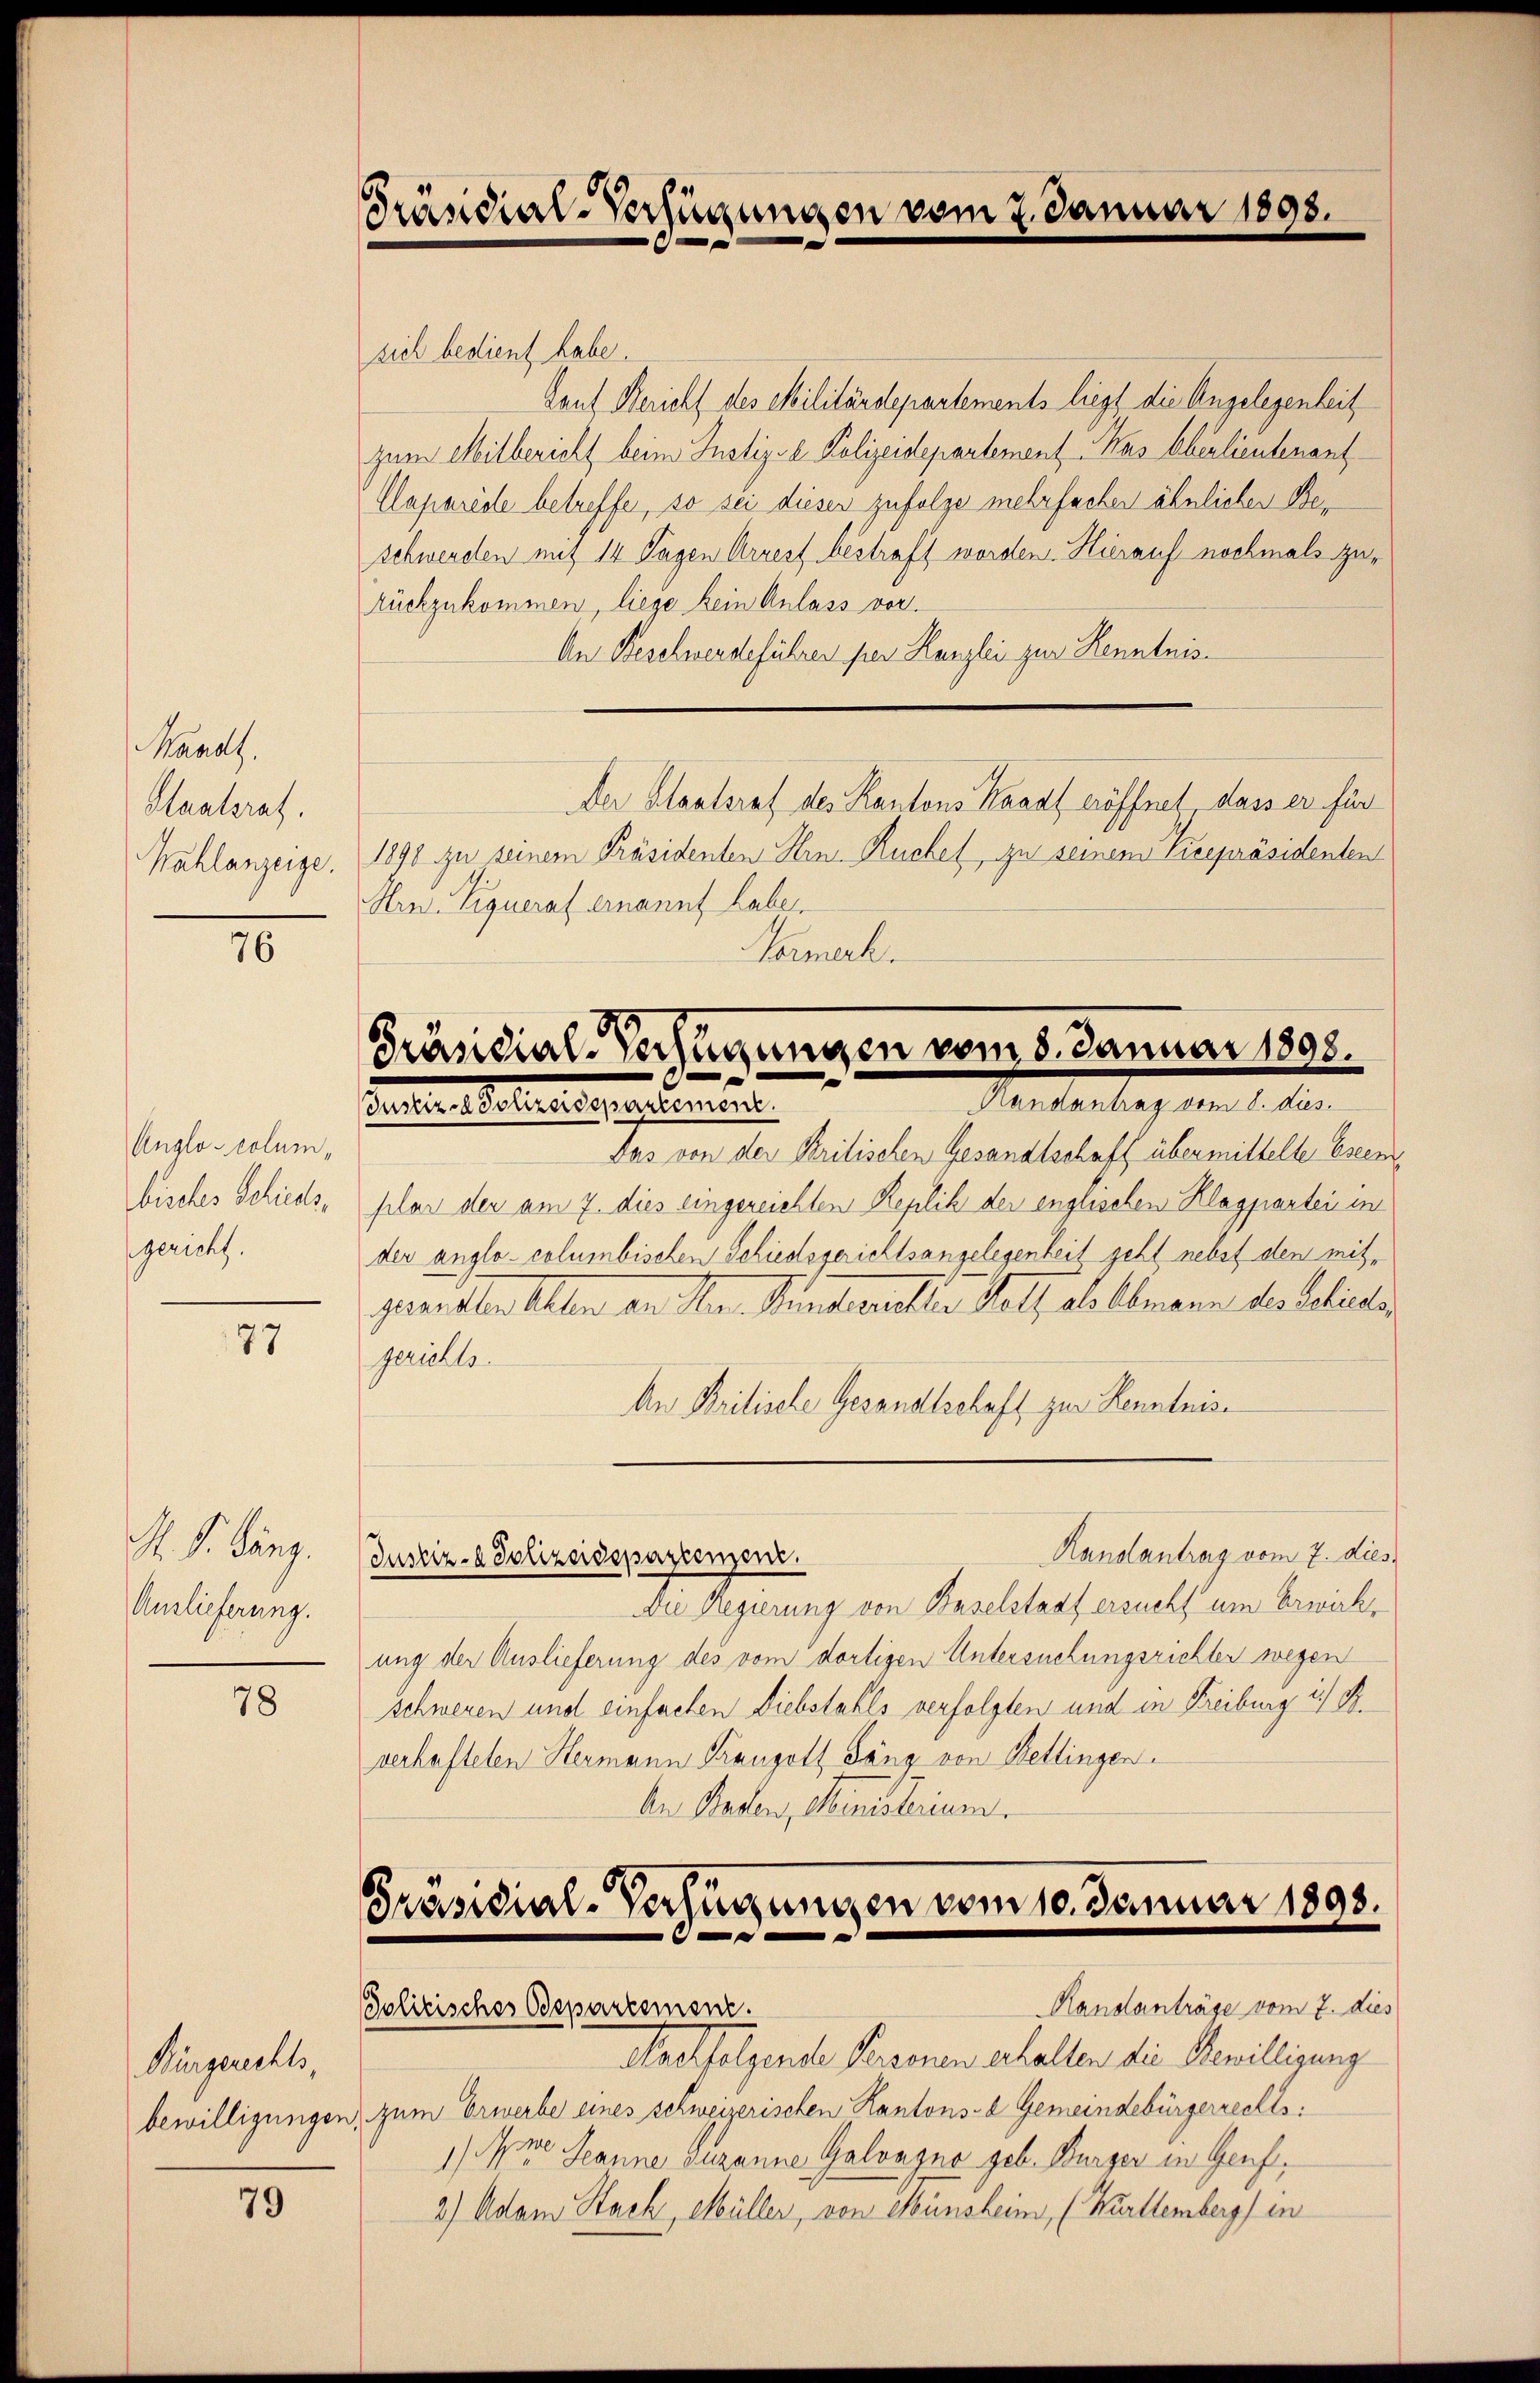
Manat
Staatsrat.
Wahlanzeige.

76

Anglo-columbisches Schieds,
gericht.

77

. S. Lang.
Auslieferung.

78

Bürgerechts,

79

Präsidial-Verfügungen vom 7. Januar 1893.

sich bedient habe.
Lauf Bericht des Militärdepartements liegt die Angelegenheit
zum Mitbericht beim Justiz- & Polizeidepartement Kas Oberlieutenant
Caparede betreffe, so sei diesen zufolge mehrfachen ähnlicher Beschwerden mit 14 Tagen Arrest bestraft worden. Hierauf nochmals zurückzukommen, liege kein Anlass vor.
An Beschwerdeführen per Kanzlei zur Kenntnis¬
Der Staatsrat des Kantons Kanal eröffnet dass er für
1890 zu seinem Präsidenten Hrn. Ruchel, zu seinem Vizepräsidenten
Hrn. Liqueraf ernannt haber
Hermerk.

Präsidial-Verfügungen vom 5. Januar 1898.
Handantrag vom 8. dies
uenten Sommenen ertement.

Das von der Kritischen Gesandtschaft übermittelte Ereenplar der am 7. dies eingereichten Replik der englischen Klagparten in
der anglo-columbischen Schiedsgerichtsangelegenheit geht nebst den mitgaretten Alten an Hrn. Kindevieller Hotz als Almann des Schieder
gerichts
An Kritische Gesandtschaft zur Kenntnis
Kanalantrag vom 7. dies
Justiz- & Polizeidepartement.
Die Regierung von Baselstadt ersucht um Erwirkung der Auslieferung des vom dortigen Untersuchungsrichter wegen
schweren und einfachen Diebstahls verfolgten und in Freiburg i. B.
verhafteten Hermann Franzoth Fäng von Wettingen.
An Staden, Ministerium

Präsidial-Verfügungen vom 10. Januar 1893.
e

Politisches Departement.

Randanträge vom 7. dies
elverfolgende Personen erhalten die Bewilligung
bewilligungen, zum Erwerbe eines schweizerischen Kantons- & Gemeindebürgerrechts:
1te Spanne Zuzanne Galvagno geb. Burger in Genf,
2) Adam Stack, Müller, von Münsheim, (Kürttemberg) in